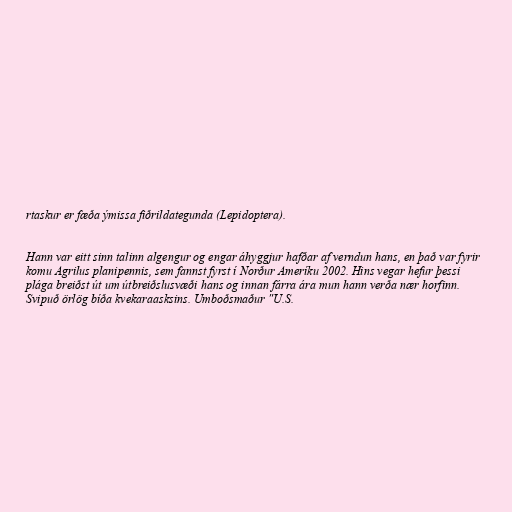
rtaskur er fæða ýmissa fiðrildategunda (Lepidoptera).

Hann var eitt sinn talinn algengur og engar áhyggjur hafðar af verndun hans, en það var fyrir
komu Agrilus planipennis, sem fannst fyrst í Norður Ameríku 2002. Hins vegar hefur þessi
plága breiðst út um útbreiðslusvæði hans og innan fárra ára mun hann verða nær horfinn.
Svipuð örlög bíða kvekaraasksins. Umboðsmaður "U.S.